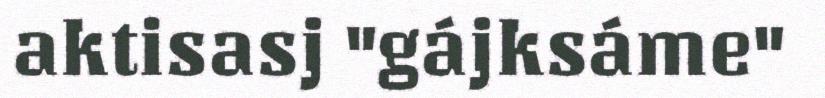
aktisasj "gájksáme"